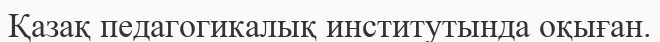
Қазақ педагогикалық институтында оқыған.